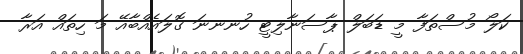
ކަލޯ މުސްތަފާ މީ ޑަބަލް ޕާސަނާލިޓީ ހުނނނަ ގޮލައެއްބާއޭ މަ ހިތައް އަރާ